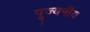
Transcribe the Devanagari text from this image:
पूज्‍यनीय